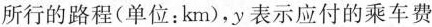
所行的路程(单位：km)，y表示应付的乘车费